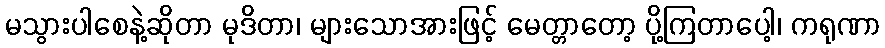
မသွားပါစေနဲ့ဆိုတာ မုဒိတာ၊ များသောအားဖြင့် မေတ္တာတော့ ပို့ကြတာပေါ့၊ ကရုဏာ